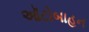
ઑટોબાહન